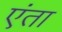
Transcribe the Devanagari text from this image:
एंता